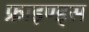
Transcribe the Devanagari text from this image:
फ्राइण्ड्स